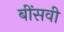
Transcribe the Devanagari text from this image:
बींसवी